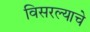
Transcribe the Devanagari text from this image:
विसरल्याचे